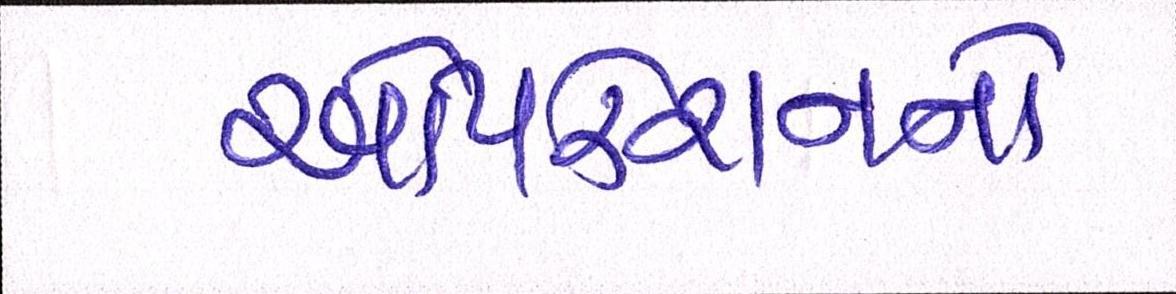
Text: ઓપરેશનનો